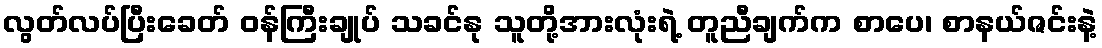
လွတ်လပ်ပြီးခေတ် ဝန်ကြီးချုပ် သခင်နု သူတို့အားလုံးရဲ့ တူညီချက်က စာပေ၊ စာနယ်ဇင်းနဲ့